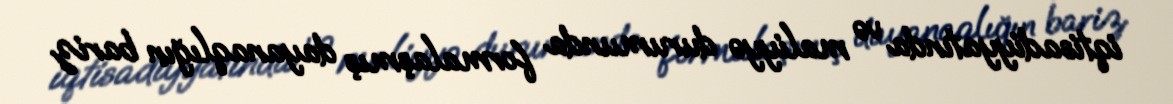
iqtisadiyyatında və maliyyə durumunda formalaşmış dayanaqlığın bariz